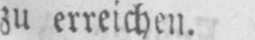
zu erreichen.